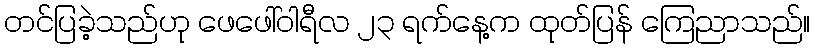
တင်ပြခဲ့သည်ဟု ဖေဖေါ်ဝါရီလ ၂၃ ရက်နေ့က ထုတ်ပြန် ကြေညာသည်။